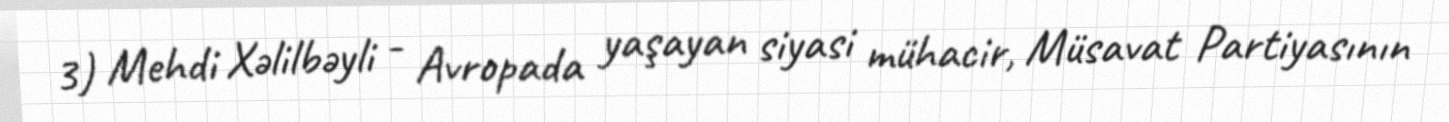
3) Mehdi Xəlilbəyli - Avropada yaşayan siyasi mühacir, Müsavat Partiyasının